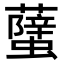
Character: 𧒣